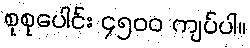
စုစုပေါင်း ၄၅၀၀ ကျပ်ပါ။